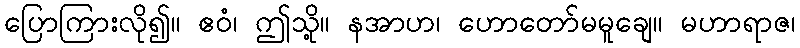
ပြောကြားလို၍။ ဧဝံ၊ ဤသို့။ နအာဟ၊ ဟောတော်မမူချေ။ မဟာရာဇ၊